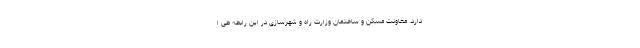
دارد. معاونت مسکن و ساختمان وزارت راه و شهرسازی در این رابطه طی ا